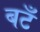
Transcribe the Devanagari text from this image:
बटँ